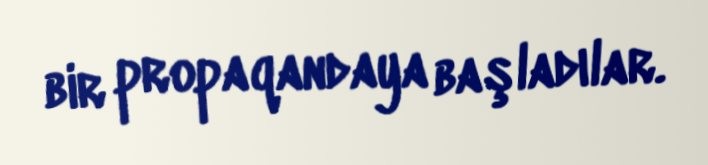
bir propaqandaya başladılar.